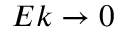
E k \rightarrow 0